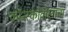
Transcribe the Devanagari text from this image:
कॉन्स्कोवोलाचा